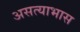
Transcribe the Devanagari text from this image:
असत्याभास